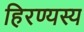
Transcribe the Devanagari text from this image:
हिरण्यस्य